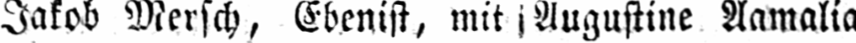
Aamalia